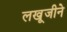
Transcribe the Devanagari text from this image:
लखूजीने